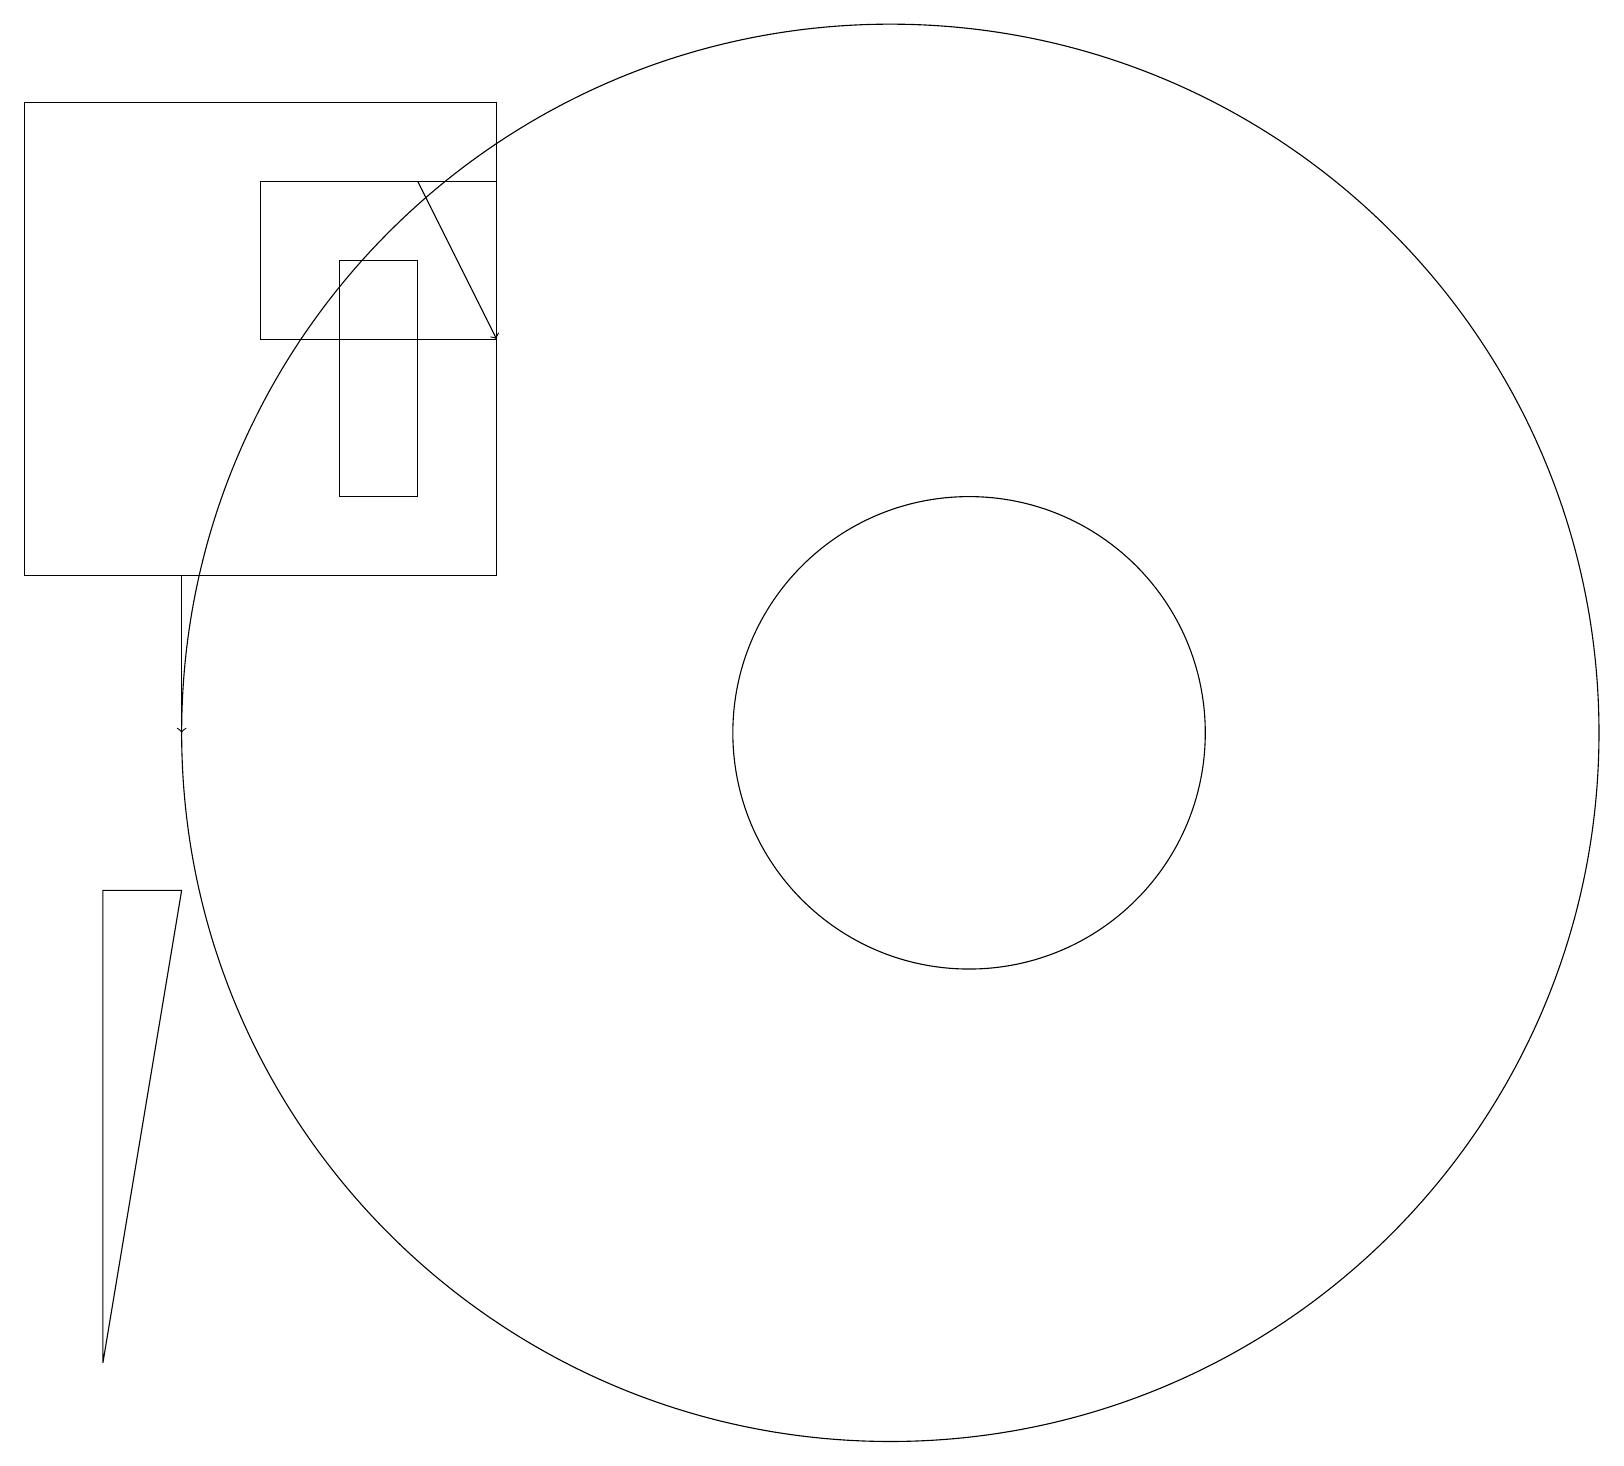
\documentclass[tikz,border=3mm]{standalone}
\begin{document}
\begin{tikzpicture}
\draw (5,17) rectangle (4,14);
\draw[->] (5,18) -- (6,16);
\draw (1,9) -- (1,3) -- (2,9) -- cycle;
\draw (6,19) rectangle (0,13);
\draw (6,16) rectangle (3,18);
\draw (12,11) circle (3);
\draw (11,11) circle (9);
\draw[->] (2,13) -- (2,11);
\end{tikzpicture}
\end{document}